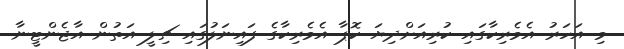
މި އަހަރު އެމެރިކާގައި ކުރިއަށްދިޔަ ކޮޕާ އެމެރިކާގެ ފައިނަލުގައި ޗިލީ އަތުން އާޖެންޓީނާ